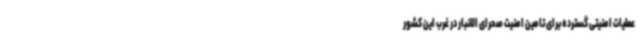
عملیات امنیتی گسترده برای تامین امنیت صحرای الانبار در غرب این کشور